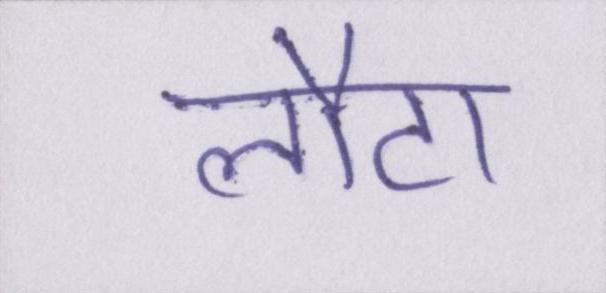
लौटा